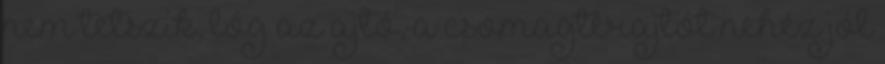
nem tetszik, lóg az ajtó, a csomagtérajtót nehéz jól